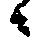
々